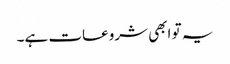
یہ تو ابھی شروعات ہے۔